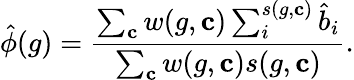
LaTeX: \hat{\phi}(g)=\frac{\sum_{\mathbf{c}}w(g,\mathbf{c})\sum_{i}^{s(g,\mathbf{c})}\hat{b}_{i}}{\sum_{\mathbf{c}}w(g,\mathbf{c})s(g,\mathbf{c})}.